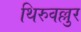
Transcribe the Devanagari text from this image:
थिरुवल्लुर